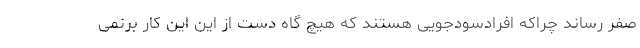
صفر رساند چراکه افرادسودجویی هستند که هیچ گاه دست از این این کار برنمی